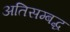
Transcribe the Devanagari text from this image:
अतिसम्बद्ध